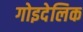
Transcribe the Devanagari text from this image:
गोइदेलिक